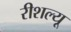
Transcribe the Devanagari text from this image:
रीशल्यू